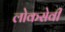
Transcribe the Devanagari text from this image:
लोकसेवी